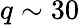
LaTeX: q\sim 30